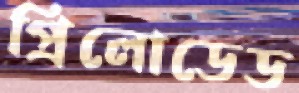
প্রিলোডেড